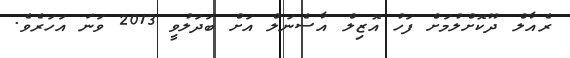
ރެއާލް ދޫކޮށްލުމަށް ފަހު އޮޒިލް އާސެނަލް އަށް ބަދަލުވީ 2013 ވަނަ އަހަރެވެ.